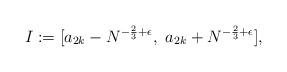
LaTeX: \begin{align*}I:=[a_{2k}-N^{-\frac{2}{3}+\epsilon}, \ a_{2k}+N^{-\frac{2}{3}+\epsilon}],\end{align*}